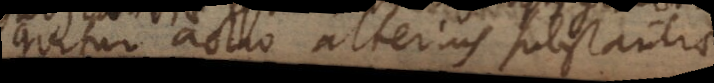
quitur actio alterius substantia